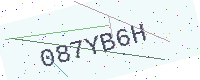
Text: 087YB6H